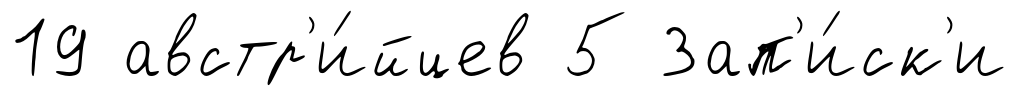
19 австр'и́йцев 5 Зап'и́ск'и